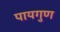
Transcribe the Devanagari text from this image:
पायगुण